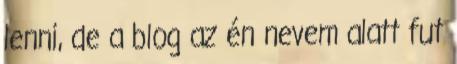
lenni, de a blog az én nevem alatt fut